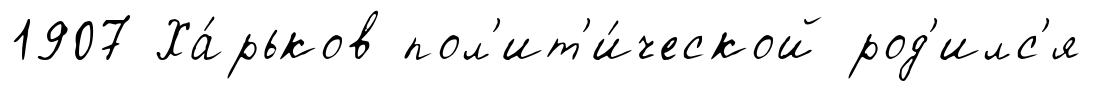
1907 Ха́рьков пол'ит'и́ческой род'илс'я